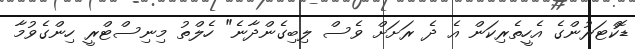
ޑޮކްޓަރުންގެ އެހީތެރިކަން އެ ދެ ރަށަށް ވެސް ލިބިގެންދާނެ" ހެލްތު މިނިސްޓްރީ ހިންގެވުމާ